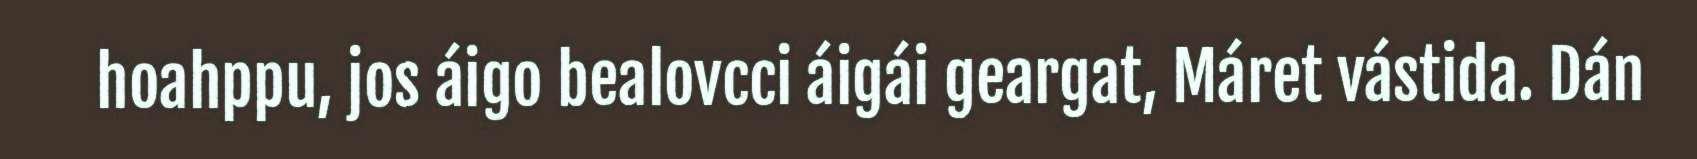
hoahppu, jos áigo bealovcci áigái geargat, Máret vástida. Dán